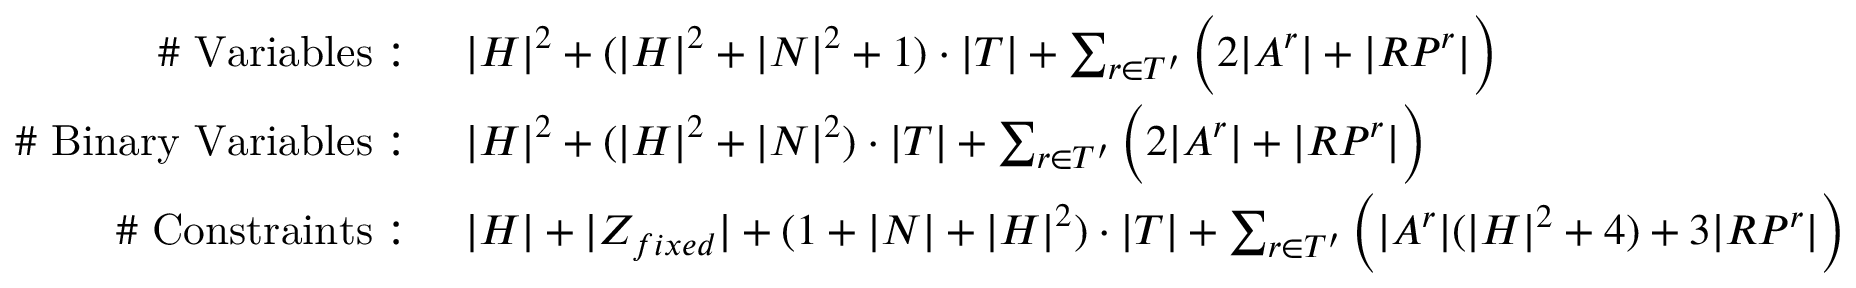
\begin{array} { r l } { \mathrm { \# ~ V a r i a b l e s : ~ } } & { { | H | } ^ { 2 } + ( { | H | } ^ { 2 } + { | N | } ^ { 2 } + 1 ) \cdot | T | + \sum _ { r \in T ^ { \prime } } \bigg ( 2 | A ^ { r } | + | { R P } ^ { r } | \bigg ) } \\ { \mathrm { \# ~ B i n a r y ~ V a r i a b l e s : ~ } } & { { | H | } ^ { 2 } + ( { | H | } ^ { 2 } + { | N | } ^ { 2 } ) \cdot | T | + \sum _ { r \in T ^ { \prime } } \bigg ( 2 | A ^ { r } | + | { R P } ^ { r } | \bigg ) } \\ { \mathrm { \# ~ C o n s t r a i n t s : ~ } } & { | H | + | Z _ { f i x e d } | + ( 1 + | N | + { | H | } ^ { 2 } ) \cdot | T | + \sum _ { r \in T ^ { \prime } } \bigg ( | A ^ { r } | ( | H | ^ { 2 } + 4 ) + 3 | { R P } ^ { r } | \bigg ) } \end{array}